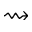
\rightsquigarrow